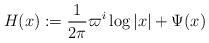
LaTeX: \begin{align*} H(x) := \frac{1}{2\pi} \varpi^i \log{|x|} + \Psi(x)\end{align*}